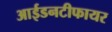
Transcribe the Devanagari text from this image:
आईडनटीफायर